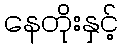
နေတိုးနှင့်